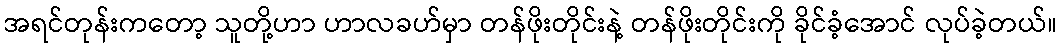
အရင်တုန်းကတော့ သူတို့ဟာ ဟာလခဟ်မှာ တန်ဖိုးတိုင်းနဲ့ တန်ဖိုးတိုင်းကို ခိုင်ခံ့အောင် လုပ်ခဲ့တယ်။